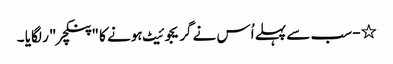
٭- سب سے پہلے اُس نے گریجوئیٹ ہونے کا "پنکچر "ر لگایا ۔